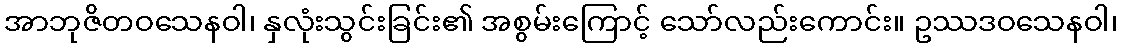
အာဘုဇိတဝသေနဝါ၊ နှလုံးသွင်းခြင်း၏ အစွမ်းကြောင့် သော်လည်းကောင်း။ ဥဿဒဝသေနဝါ၊